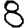
Digit: 8